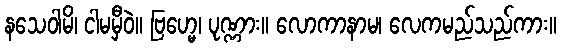
နသေဝါမိ၊ ငါမမှီဝဲ။ ဗြဟ္မေ၊ ပုဏ္ဏား။ လောကာနာမ၊ လေကမည်သည်ကား။